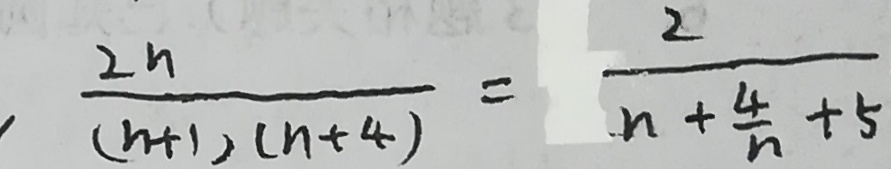
\frac { 2 n } { ( n + 1 ) ( n + 4 ) } = \frac { 2 } { n + \frac { 4 } { n } + 5 }